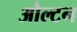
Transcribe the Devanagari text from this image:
औल्टन